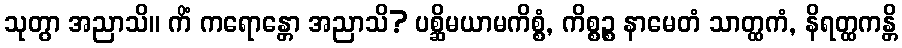
သုတွာ အညာသိ။ ကိံ ကရောန္တော အညာသိ? ပစ္ဆိမယာမကိစ္စံ, ကိစ္စဉ္စ နာမေတံ သာတ္ထကံ, နိရတ္ထကန္တိ